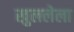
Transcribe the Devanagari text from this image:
खुललेला